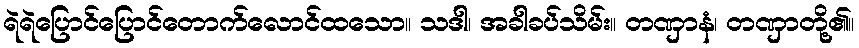
ရဲရဲပြောင်ပြောင်တောက်လောင်ထသော။ သဒါ၊ အခါခပ်သိမ်း။ တဏှာနံ၊ တဏှာတို့၏။